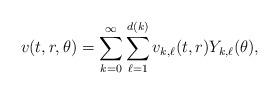
LaTeX: \begin{align*}v(t,r,\theta)=\sum_{k=0}^{\infty}\sum_{\ell=1}^{d(k)}v_{k,\ell}(t,r)Y_{k,\ell}(\theta),\end{align*}